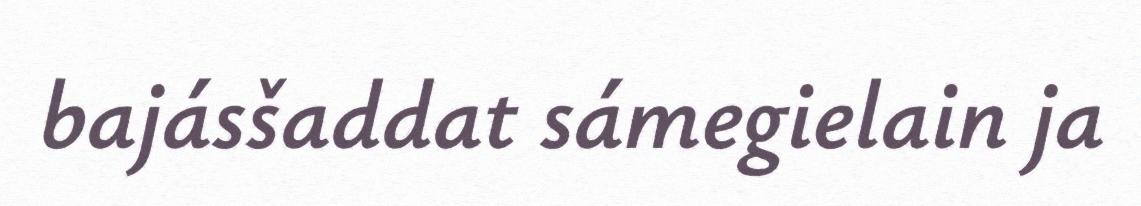
bajásšaddat sámegielain ja